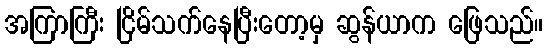
အကြာကြီး ငြိမ်သက်နေပြီးတော့မှ ဆွန်ယာက ဖြေသည်။